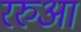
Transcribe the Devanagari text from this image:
ररुआ